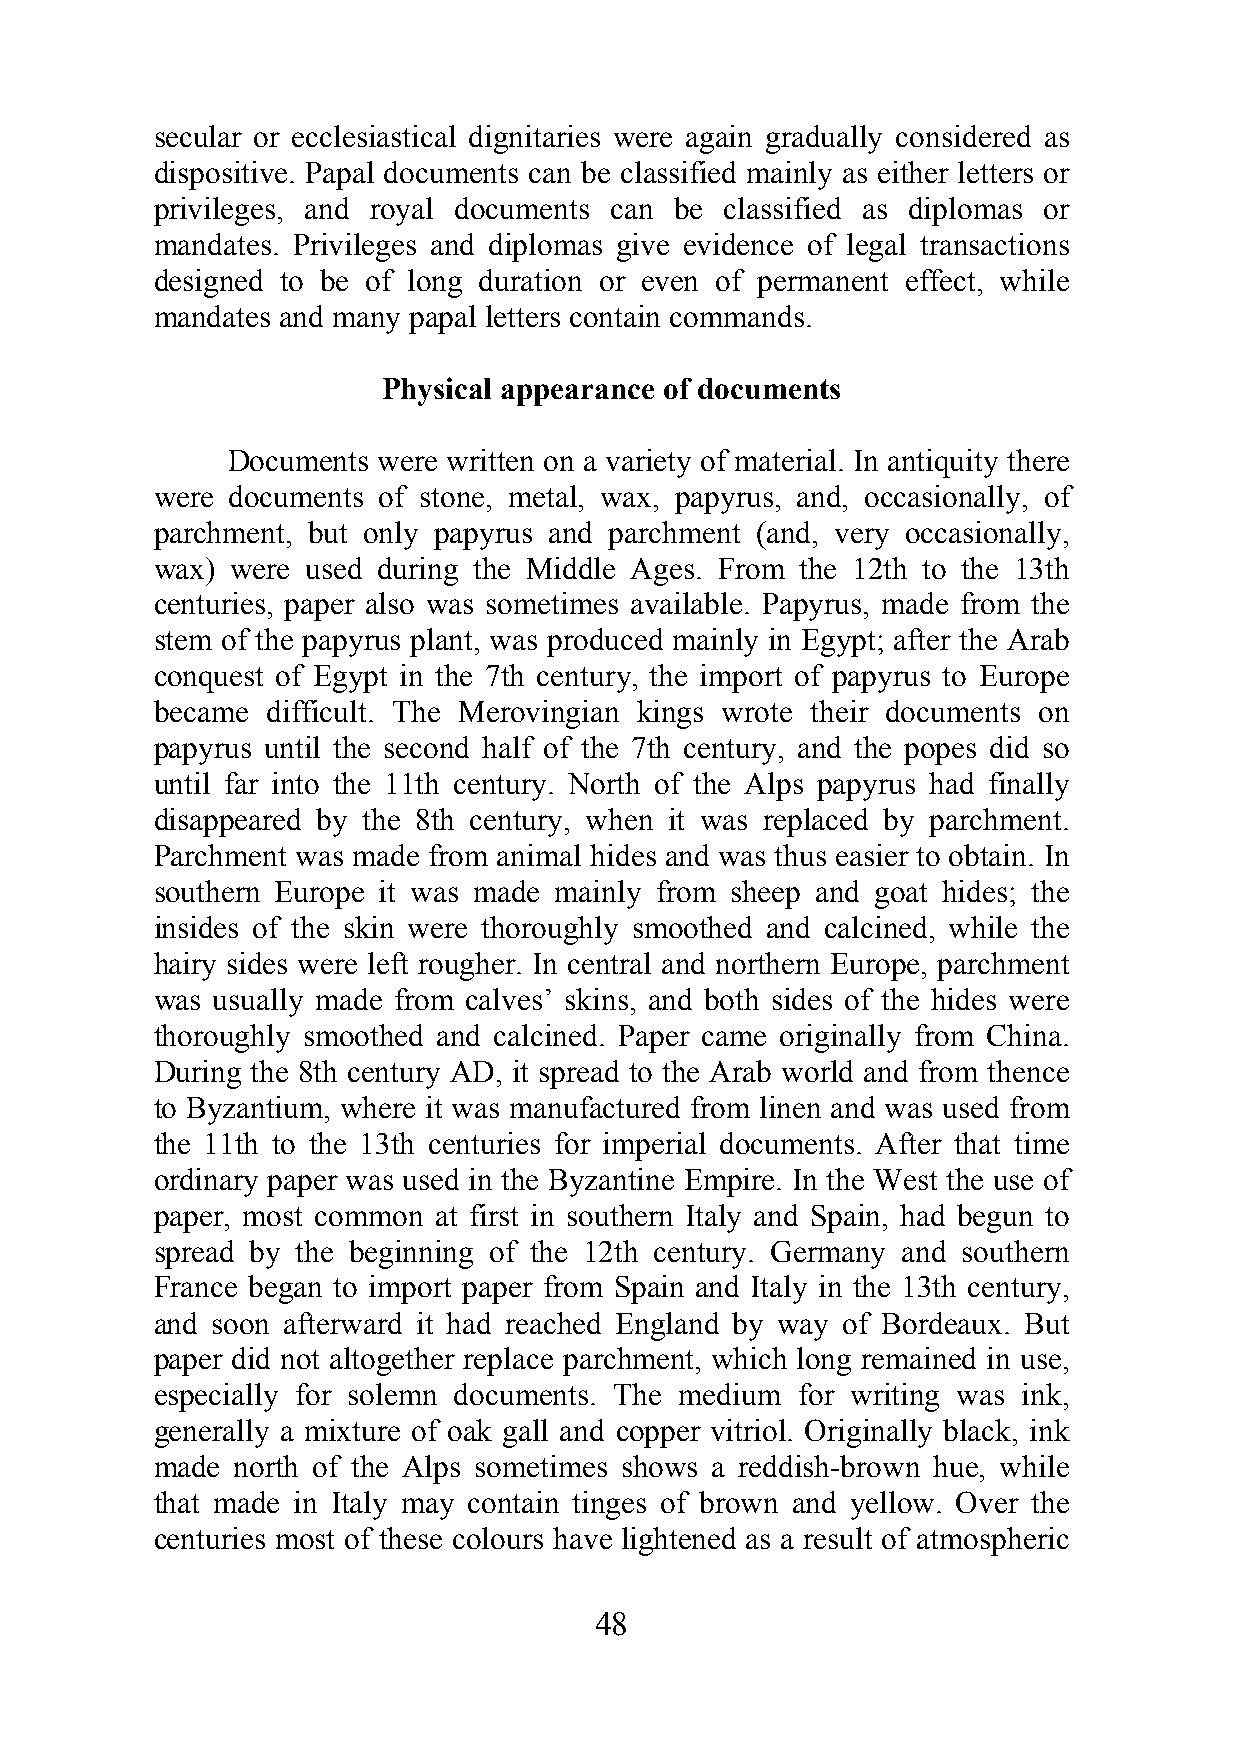
secular or ecclesiastical dignitaries were again gradually considered as
 dispositive. Papal documents can be classified mainly as either letters or
 privileges, and royal documents can be classified as diplomas or
 mandates. Privileges and diplomas give evidence of legal transactions
 designed to be of long duration or even of permanent effect, while
 mandates and many papal letters contain commands.
 Physical appearance of documents
 Documents were written on a variety of material. In antiquity there
 were documents of stone, metal, wax, papyrus, and, occasionally, of
 parchment, but only papyrus and parchment (and, very occasionally,
 wax) were used during the Middle Ages. From the 12th to the 13th
 centuries, paper also was sometimes available. Papyrus, made from the
 stem of the papyrus plant, was produced mainly in Egypt; after the Arab
 conquest of Egypt in the 7th century, the import of papyrus to Europe
 became  difficult. The Merovingian kings wrote their documents on
 papyrus until the second half of the 7th century, and the popes did so
 until far into the 11th century. North of the Alps papyrus had finally
 disappeared by the 8th century, when it was replaced by parchment.
 Parchment was made from animal hides and was thus easier to obtain. In
 southern Europe it was made mainly from sheep and goat hides; the
 insides of the skin were thoroughly smoothed and calcined, while the
 hairy sides were left rougher. In central and northern Europe, parchment
 was usually made from calves’ skins, and both sides of the hides were
 thoroughly smoothed and calcined. Paper came originally from China.
 During the 8th century AD, it spread to the Arab world and from thence
 to Byzantium, where it was manufactured from linen and was used from
 the 11th to the 13th centuries for imperial documents. After that time
 ordinary paper was used in the Byzantine Empire. In the West the use of
 paper, most common at first in southern Italy and Spain, had begun to
 spread by the beginning of the 12th century. Germany and southern
 France began to import paper from Spain and Italy in the 13th century,
 and soon afterward it had reached England by way of Bordeaux. But
 paper did not altogether replace parchment, which long remained in use,
 especially for solemn documents. The medium for writing was ink,
 generally a mixture of oak gall and copper vitriol. Originally black, ink
 made north of the Alps sometimes shows a reddish-brown hue, while
 that made in Italy may contain tinges of brown and yellow. Over the
 centuries most of these colours have lightened as a result of atmospheric
 48